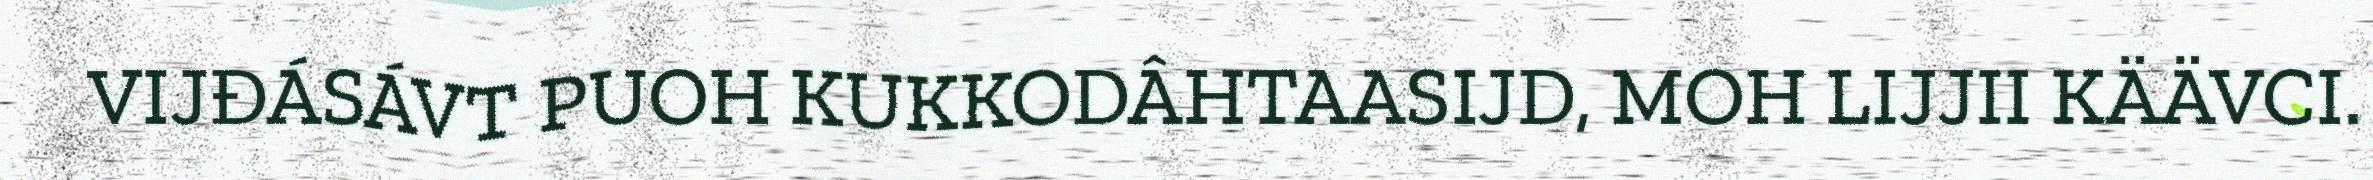
VIJĐÁSÁVT PUOH KUKKODÂHTAASIJD, MOH LIJJII KÄÄVCI.